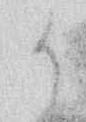
御